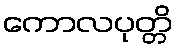
ကောလပုတ္တိ